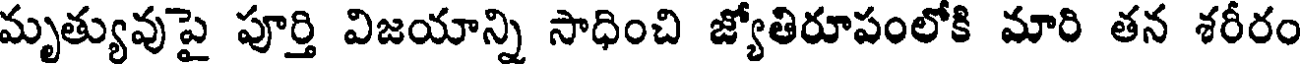
మృత్యువుపై పూర్తి విజయాన్ని సాధించి జ్యోతిరూపంలోకి మారి తన శరీరం